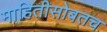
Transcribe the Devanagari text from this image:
माहितीसोबतच